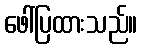
ဖေါ်ပြထားသည်။